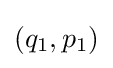
(q_{1},p_{1})